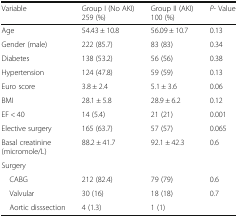
<table><thead><tr><td><b>Variable</b></td><td><b>Group I (No AKI) 259 (%)</b></td><td><b>Group II (AKI) 100 (%)</b></td><td><b><i>P</i>- Value</b></td></tr></thead><tbody><tr><td>Age</td><td>54.43 ± 10.8</td><td>56.09 ± 10.7</td><td>0.13</td></tr><tr><td>Gender (male)</td><td>222 (85.7)</td><td>83 (83)</td><td>0.34</td></tr><tr><td>Diabetes</td><td>138 (53.2)</td><td>56 (56)</td><td>0.38</td></tr><tr><td>Hypertension</td><td>124 (47.8)</td><td>59 (59)</td><td>0.13</td></tr><tr><td>Euro score</td><td>3.8 ± 2.4</td><td>5.1 ± 3.6</td><td>0.06</td></tr><tr><td>BMI</td><td>28.1 ± 5.8</td><td>28.9 ± 6.2</td><td>0.12</td></tr><tr><td>EF &lt; 40</td><td>14 (5.4)</td><td>21 (21)</td><td>0.001</td></tr><tr><td>Elective surgery</td><td>165 (63.7)</td><td>57 (57)</td><td>0.065</td></tr><tr><td>Basal creatinine (micromole/L)</td><td>88.2 ± 41.7</td><td>92.1 ± 42.3</td><td>0.6</td></tr><tr><td colspan="4">Surgery</td></tr><tr><td> CABG</td><td>212 (82.4)</td><td>79 (79)</td><td>0.6</td></tr><tr><td> Valvular</td><td>30 (16)</td><td>18 (18)</td><td>0.7</td></tr><tr><td> Aortic disssection</td><td>4 (1.3)</td><td>1 (1)</td><td></td></tr></tbody></table>